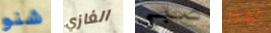
شنو الغازي صبي بهذا